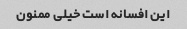
این افسانه است خیلی ممنون